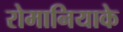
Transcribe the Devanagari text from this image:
रोमानियाके